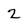
Character: 2